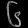
Digit: ၆